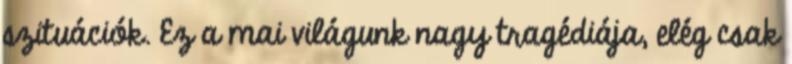
szituációk. Ez a mai világunk nagy tragédiája, elég csak